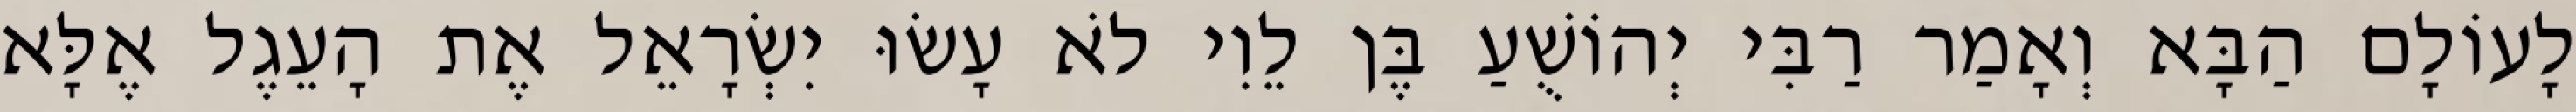
לָעוֹלָם הַבָּא וְאָמַר רַבִּי יְהוֹשֻׁעַ בֶּן לֵוִי לֹא עָשׂוּ יִשְׂרָאֵל אֶת הָעֵגֶל אֶלָּא